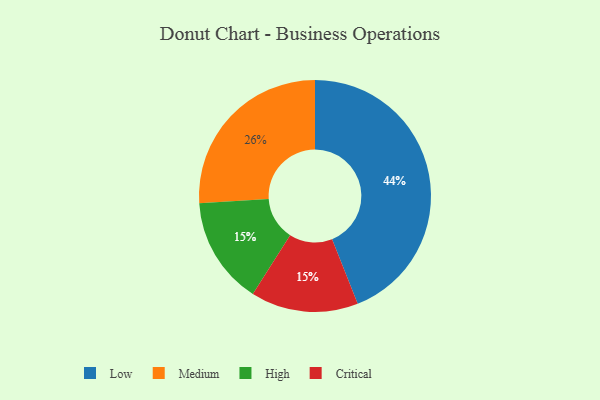
{"axis": {"x": "Category", "y": "Percentage"}, "legend": ["Critical", "High", "Low", "Medium"], "data": [{"x": "High", "y": 15, "type": "High"}, {"x": "Low", "y": 44, "type": "Low"}, {"x": "Critical", "y": 15, "type": "Critical"}, {"x": "Medium", "y": 26, "type": "Medium"}]}